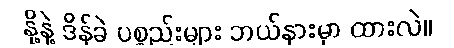
နို့နဲ့ ဒိန်ခဲ ပစ္စည်းများ ဘယ်နားမှာ ထားလဲ။